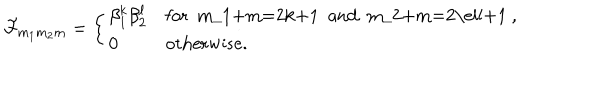
{ \cal F } _ { m _ { 1 } m _ { 2 } m } = \left\{ \begin{array} { l l } { { \beta _ { 1 } ^ { k } \beta _ { 2 } ^ { \ell } } } & { { \mathrm { f o r ~ m _ { 1 } + m = 2 k + 1 ~ a n d ~ m _ { 2 } + m = 2 \ell + 1 ~ , } } } \\ { { 0 } } & { { \mathrm { o t h e r w i s e . } } } \\ \end{array} \right.